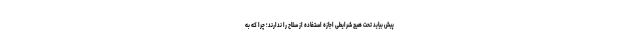
پیش بیاید تحت هیچ شرایطی اجازه استفاده از سلاح را ندارند؛ چرا که به